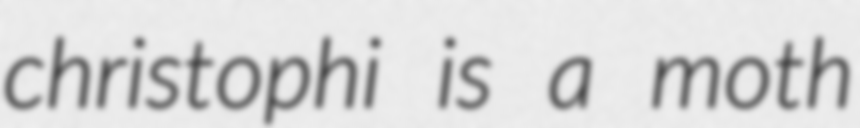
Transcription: christophi is a moth